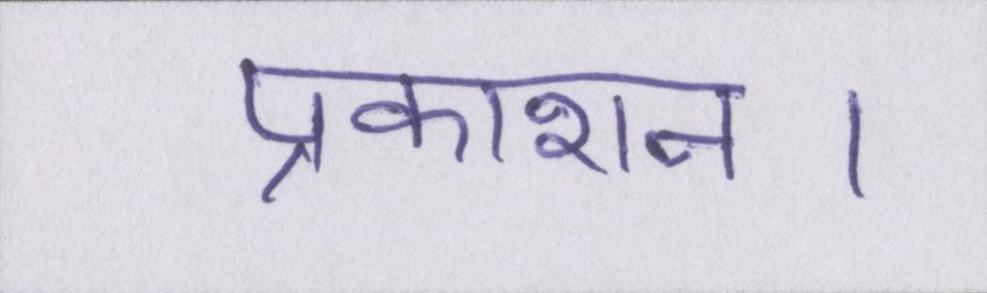
प्रकाशन।